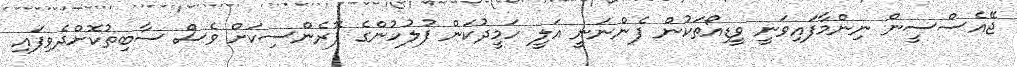
ޖޭއެސްސީން ނިންމާފައިވަނީ ވީޑިއޯތަކުން ފެންނަނީ އަލީ ހަމީދުކަން ފުލުހުންގެ ފޮރެންސިކަށް ވެސް ސާބިތުކޮށްދެވިފައި